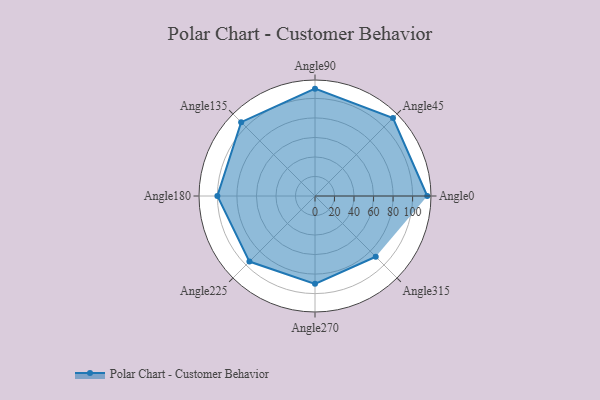
{"axis": {"x": "Angle", "y": "Radius"}, "legend": [""], "data": [{"x": "Angle0", "y": 115.0, "type": ""}, {"x": "Angle45", "y": 113.0, "type": ""}, {"x": "Angle90", "y": 110.0, "type": ""}, {"x": "Angle135", "y": 107.0, "type": ""}, {"x": "Angle180", "y": 100.0, "type": ""}, {"x": "Angle225", "y": 95.0, "type": ""}, {"x": "Angle270", "y": 90.0, "type": ""}, {"x": "Angle315", "y": 88.0, "type": ""}]}